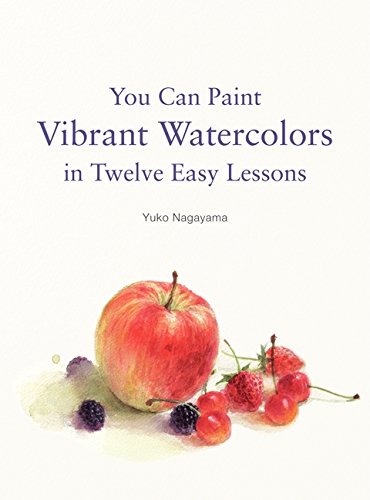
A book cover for You Can Paint Vibrant Watercolors in Twelve Easy Lessons; Yuko Nagayama; Arts & Photography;